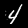
Label: 4